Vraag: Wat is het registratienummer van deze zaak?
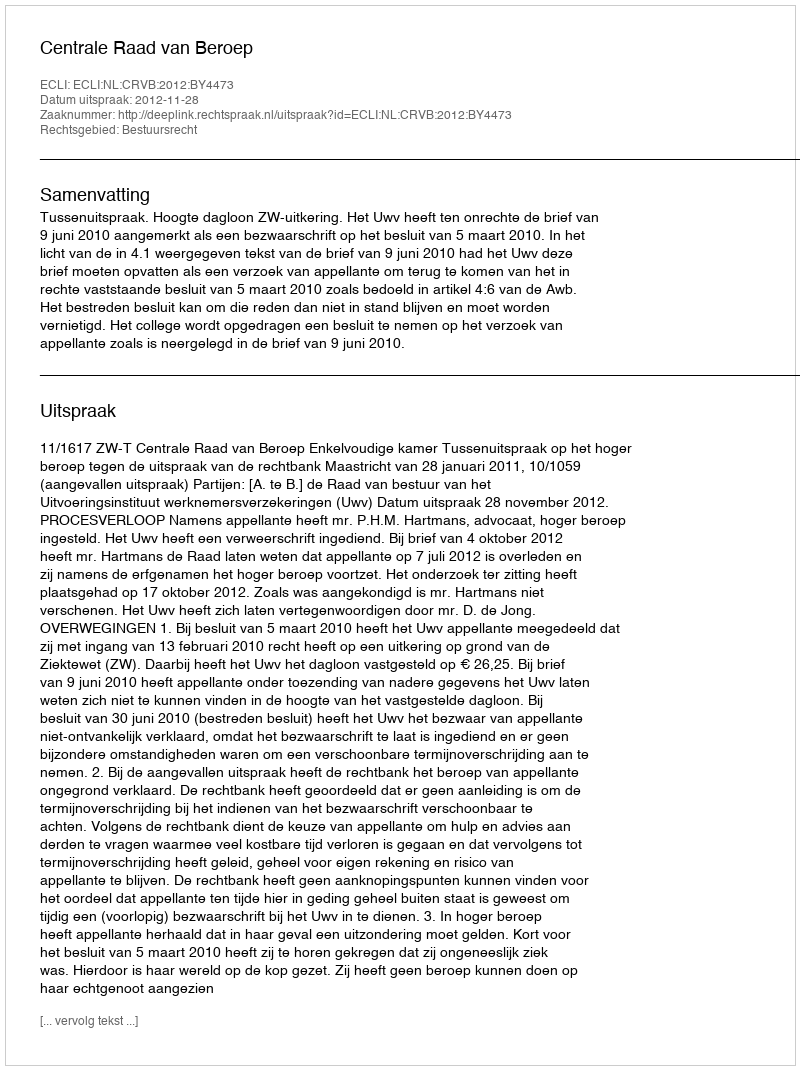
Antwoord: http://deeplink.rechtspraak.nl/uitspraak?id=ECLI:NL:CRVB:2012:BY4473